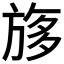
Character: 𣃽